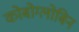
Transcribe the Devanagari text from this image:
कोबोग्लोबिन